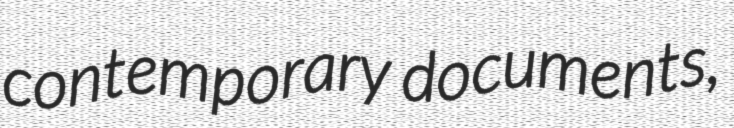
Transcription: contemporary documents,